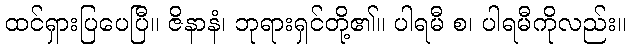
ထင်ရှားပြပေပြီ။ ဇိနာနံ၊ ဘုရားရှင်တို့၏။ ပါရမီ စ၊ ပါရမီကိုလည်း။